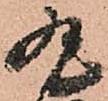
丸